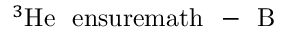
^ { 3 } \mathrm { H e } \mathrm { \mathrm { ~ \ e n s u r e m a t h ~ { ~ - ~ } ~ } } \mathrm { B }